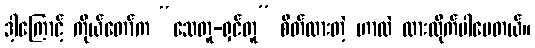
ဒါ့ကြောင့် ကိုယ်တော်က “သေတူ-ရှင်တူ” စိတ်ထားတဲ့ ဟာလဲ ထားထိုက်ပါပေတယ်။